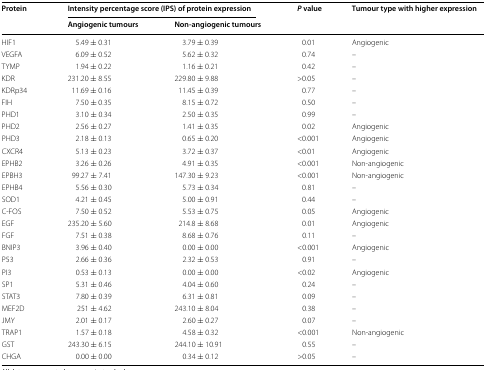
<table><thead><tr><td rowspan="2"><b>Protein</b></td><td colspan="2"><b>Intensity percentage score (IPS) of protein expression</b></td><td rowspan="2"><b><i>P</i> value</b></td><td rowspan="2"><b>Tumour type with higher expression</b></td></tr><tr><td><b>Angiogenic tumours</b></td><td><b>Non-angiogenic tumours</b></td></tr></thead><tbody><tr><td>HIF1</td><td>5.49 ± 0.31</td><td>3.79 ± 0.39</td><td>0.01</td><td>Angiogenic</td></tr><tr><td>VEGFA</td><td>6.09 ± 0.52</td><td>5.62 ± 0.32</td><td>0.74</td><td>–</td></tr><tr><td>TYMP</td><td>1.94 ± 0.22</td><td>1.16 ± 0.21</td><td>0.42</td><td>–</td></tr><tr><td>KDR</td><td>231.20 ± 8.55</td><td>229.80 ± 9.88</td><td>&gt;0.05</td><td>–</td></tr><tr><td>KDRp34</td><td>11.69 ± 0.16</td><td>11.45 ± 0.39</td><td>0.77</td><td>–</td></tr><tr><td>FIH</td><td>7.50 ± 0.35</td><td>8.15 ± 0.72</td><td>0.50</td><td>–</td></tr><tr><td>PHD1</td><td>3.10 ± 0.34</td><td>2.50 ± 0.35</td><td>0.99</td><td>–</td></tr><tr><td>PHD2</td><td>2.56 ± 0.27</td><td>1.41 ± 0.35</td><td>0.02</td><td>Angiogenic</td></tr><tr><td>PHD3</td><td>2.18 ± 0.13</td><td>0.65 ± 0.20</td><td>&lt;0.001</td><td>Angiogenic</td></tr><tr><td>CXCR4</td><td>5.13 ± 0.23</td><td>3.72 ± 0.37</td><td>&lt;0.01</td><td>Angiogenic</td></tr><tr><td>EPHB2</td><td>3.26 ± 0.26</td><td>4.91 ± 0.35</td><td>&lt;0.001</td><td>Non-angiogenic</td></tr><tr><td>EPBH3</td><td>99.27 ± 7.41</td><td>147.30 ± 9.23</td><td>&lt;0.001</td><td>Non-angiogenic</td></tr><tr><td>EPHB4</td><td>5.56 ± 0.30</td><td>5.73 ± 0.34</td><td>0.81</td><td>–</td></tr><tr><td>SOD1</td><td>4.21 ± 0.45</td><td>5.00 ± 0.91</td><td>0.44</td><td>–</td></tr><tr><td>C-FOS</td><td>7.50 ± 0.52</td><td>5.53 ± 0.75</td><td>0.05</td><td>Angiogenic</td></tr><tr><td>EGF</td><td>235.20 ± 5.60</td><td>214.8 ± 8.68</td><td>0.01</td><td>Angiogenic</td></tr><tr><td>FGF</td><td>7.51 ± 0.38</td><td>8.68 ± 0.76</td><td>0.11</td><td>–</td></tr><tr><td>BNIP3</td><td>3.96 ± 0.40</td><td>0.00 ± 0.00</td><td>&lt;0.001</td><td>Angiogenic</td></tr><tr><td>P53</td><td>2.66 ± 0.36</td><td>2.32 ± 0.53</td><td>0.91</td><td>–</td></tr><tr><td>PI3</td><td>0.53 ± 0.13</td><td>0.00 ± 0.00</td><td>&lt;0.02</td><td>Angiogenic</td></tr><tr><td>SP1</td><td>5.31 ± 0.46</td><td>4.04 ± 0.60</td><td>0.24</td><td>–</td></tr><tr><td>STAT3</td><td>7.80 ± 0.39</td><td>6.31 ± 0.81</td><td>0.09</td><td>–</td></tr><tr><td>MEF2D</td><td>251 ± 4.62</td><td>243.10 ± 8.04</td><td>0.38</td><td>–</td></tr><tr><td>JMY</td><td>2.01 ± 0.17</td><td>2.60 ± 0.27</td><td>0.07</td><td>–</td></tr><tr><td>TRAP1</td><td>1.57 ± 0.18</td><td>4.58 ± 0.32</td><td>&lt;0.001</td><td>Non-angiogenic</td></tr><tr><td>GST</td><td>243.30 ± 6.15</td><td>244.10 ± 10.91</td><td>0.55</td><td>–</td></tr><tr><td>CHGA</td><td>0.00 ± 0.00</td><td>0.34 ± 0.12</td><td>&gt;0.05</td><td>–</td></tr></tbody></table>